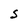
Character: S